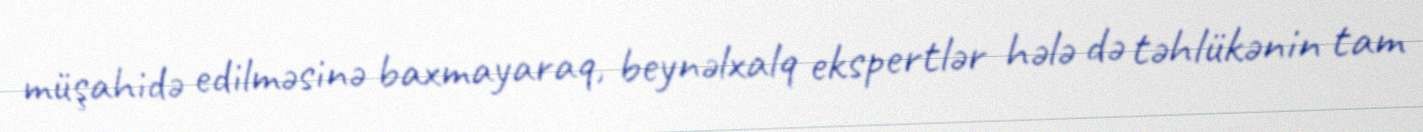
müşahidə edilməsinə baxmayaraq, beynəlxalq ekspertlər hələ də təhlükənin tam